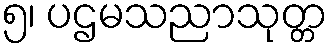
၅၊ ပဌမသညာသုတ္တ